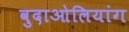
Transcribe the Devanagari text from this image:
वुदाओलियांग